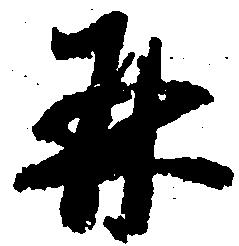
并